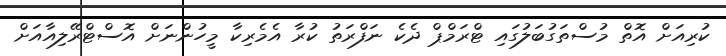
ކުރިއަށް އޮތް މުސްތަގުބަލުގައި ޓްރަމްޕް ދެކެ ނަފްރަތު ކުރާ އެމެރިކާ މީހުންނަށް އޮސްޓްރޭލިއާއަށް